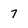
Character: 7